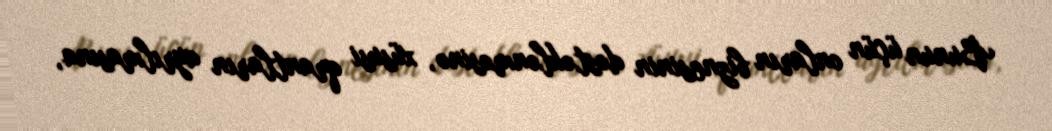
Bunun üçün onların biznesinin dəstəklənməsinə, xüsusi qrantların ayrılmasına,